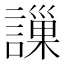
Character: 䜈